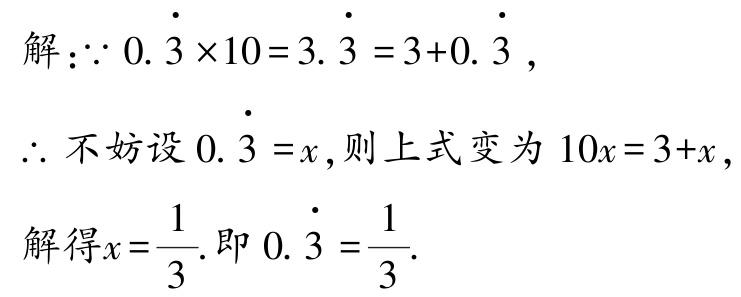
解：\(\because 0.\dot{3} \times 10 = 3.\dot{3} = 3 + 0.\dot{3}\)，

\(\therefore\)不妨设\(0.\dot{3} = x\)，则上式变为\(10x = 3 + x\)，

解得\(x = \dfrac{1}{3}\).即\(0.\dot{3} = \dfrac{1}{3}\).